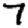
Digit: 7